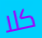
كلا